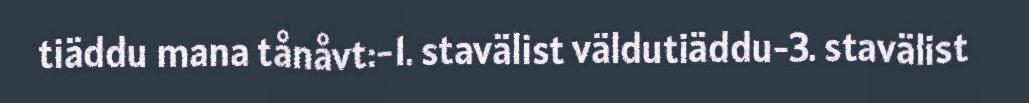
tiäddu mana tånåvt:-1. stavälist väldutiäddu-3. stavälist